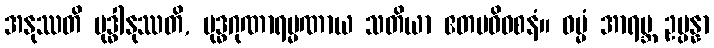
အနုဿတိ ဗုဒ္ဓါနုဿတိ, ဗုဒ္ဓဂုဏာရမ္မဏာယ သတိယာ ဧတမဓိဝစနံ။ ဓမ္မံ အာရဗ္ဘ ဥပ္ပန္နာ